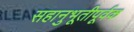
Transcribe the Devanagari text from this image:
सहानुभूतीपूर्वक